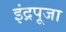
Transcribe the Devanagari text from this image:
इंद्रपूजा